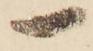
一